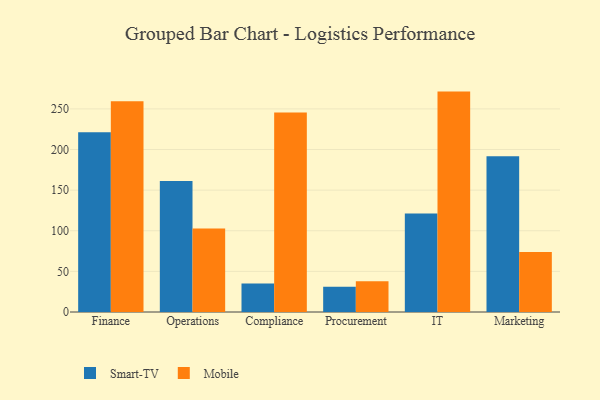
{"axis": {"x": "Department", "y": "Production Output"}, "legend": ["Mobile", "Smart-TV"], "data": [{"x": "Finance", "y": 221.3, "type": "Smart-TV"}, {"x": "Finance", "y": 259.4, "type": "Mobile"}, {"x": "Operations", "y": 161.2, "type": "Smart-TV"}, {"x": "Operations", "y": 102.9, "type": "Mobile"}, {"x": "Compliance", "y": 35.0, "type": "Smart-TV"}, {"x": "Compliance", "y": 245.6, "type": "Mobile"}, {"x": "Procurement", "y": 31.2, "type": "Smart-TV"}, {"x": "Procurement", "y": 37.7, "type": "Mobile"}, {"x": "IT", "y": 121.3, "type": "Smart-TV"}, {"x": "IT", "y": 271.3, "type": "Mobile"}, {"x": "Marketing", "y": 191.7, "type": "Smart-TV"}, {"x": "Marketing", "y": 73.9, "type": "Mobile"}]}